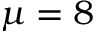
\mu = 8